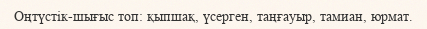
Оңтүстік-шығыс топ: қыпшақ, үсерген, таңғауыр, тамиан, юрмат.